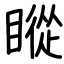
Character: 瞛